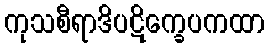
ကုသစီရာဒိပဋိက္ခေပကထာ